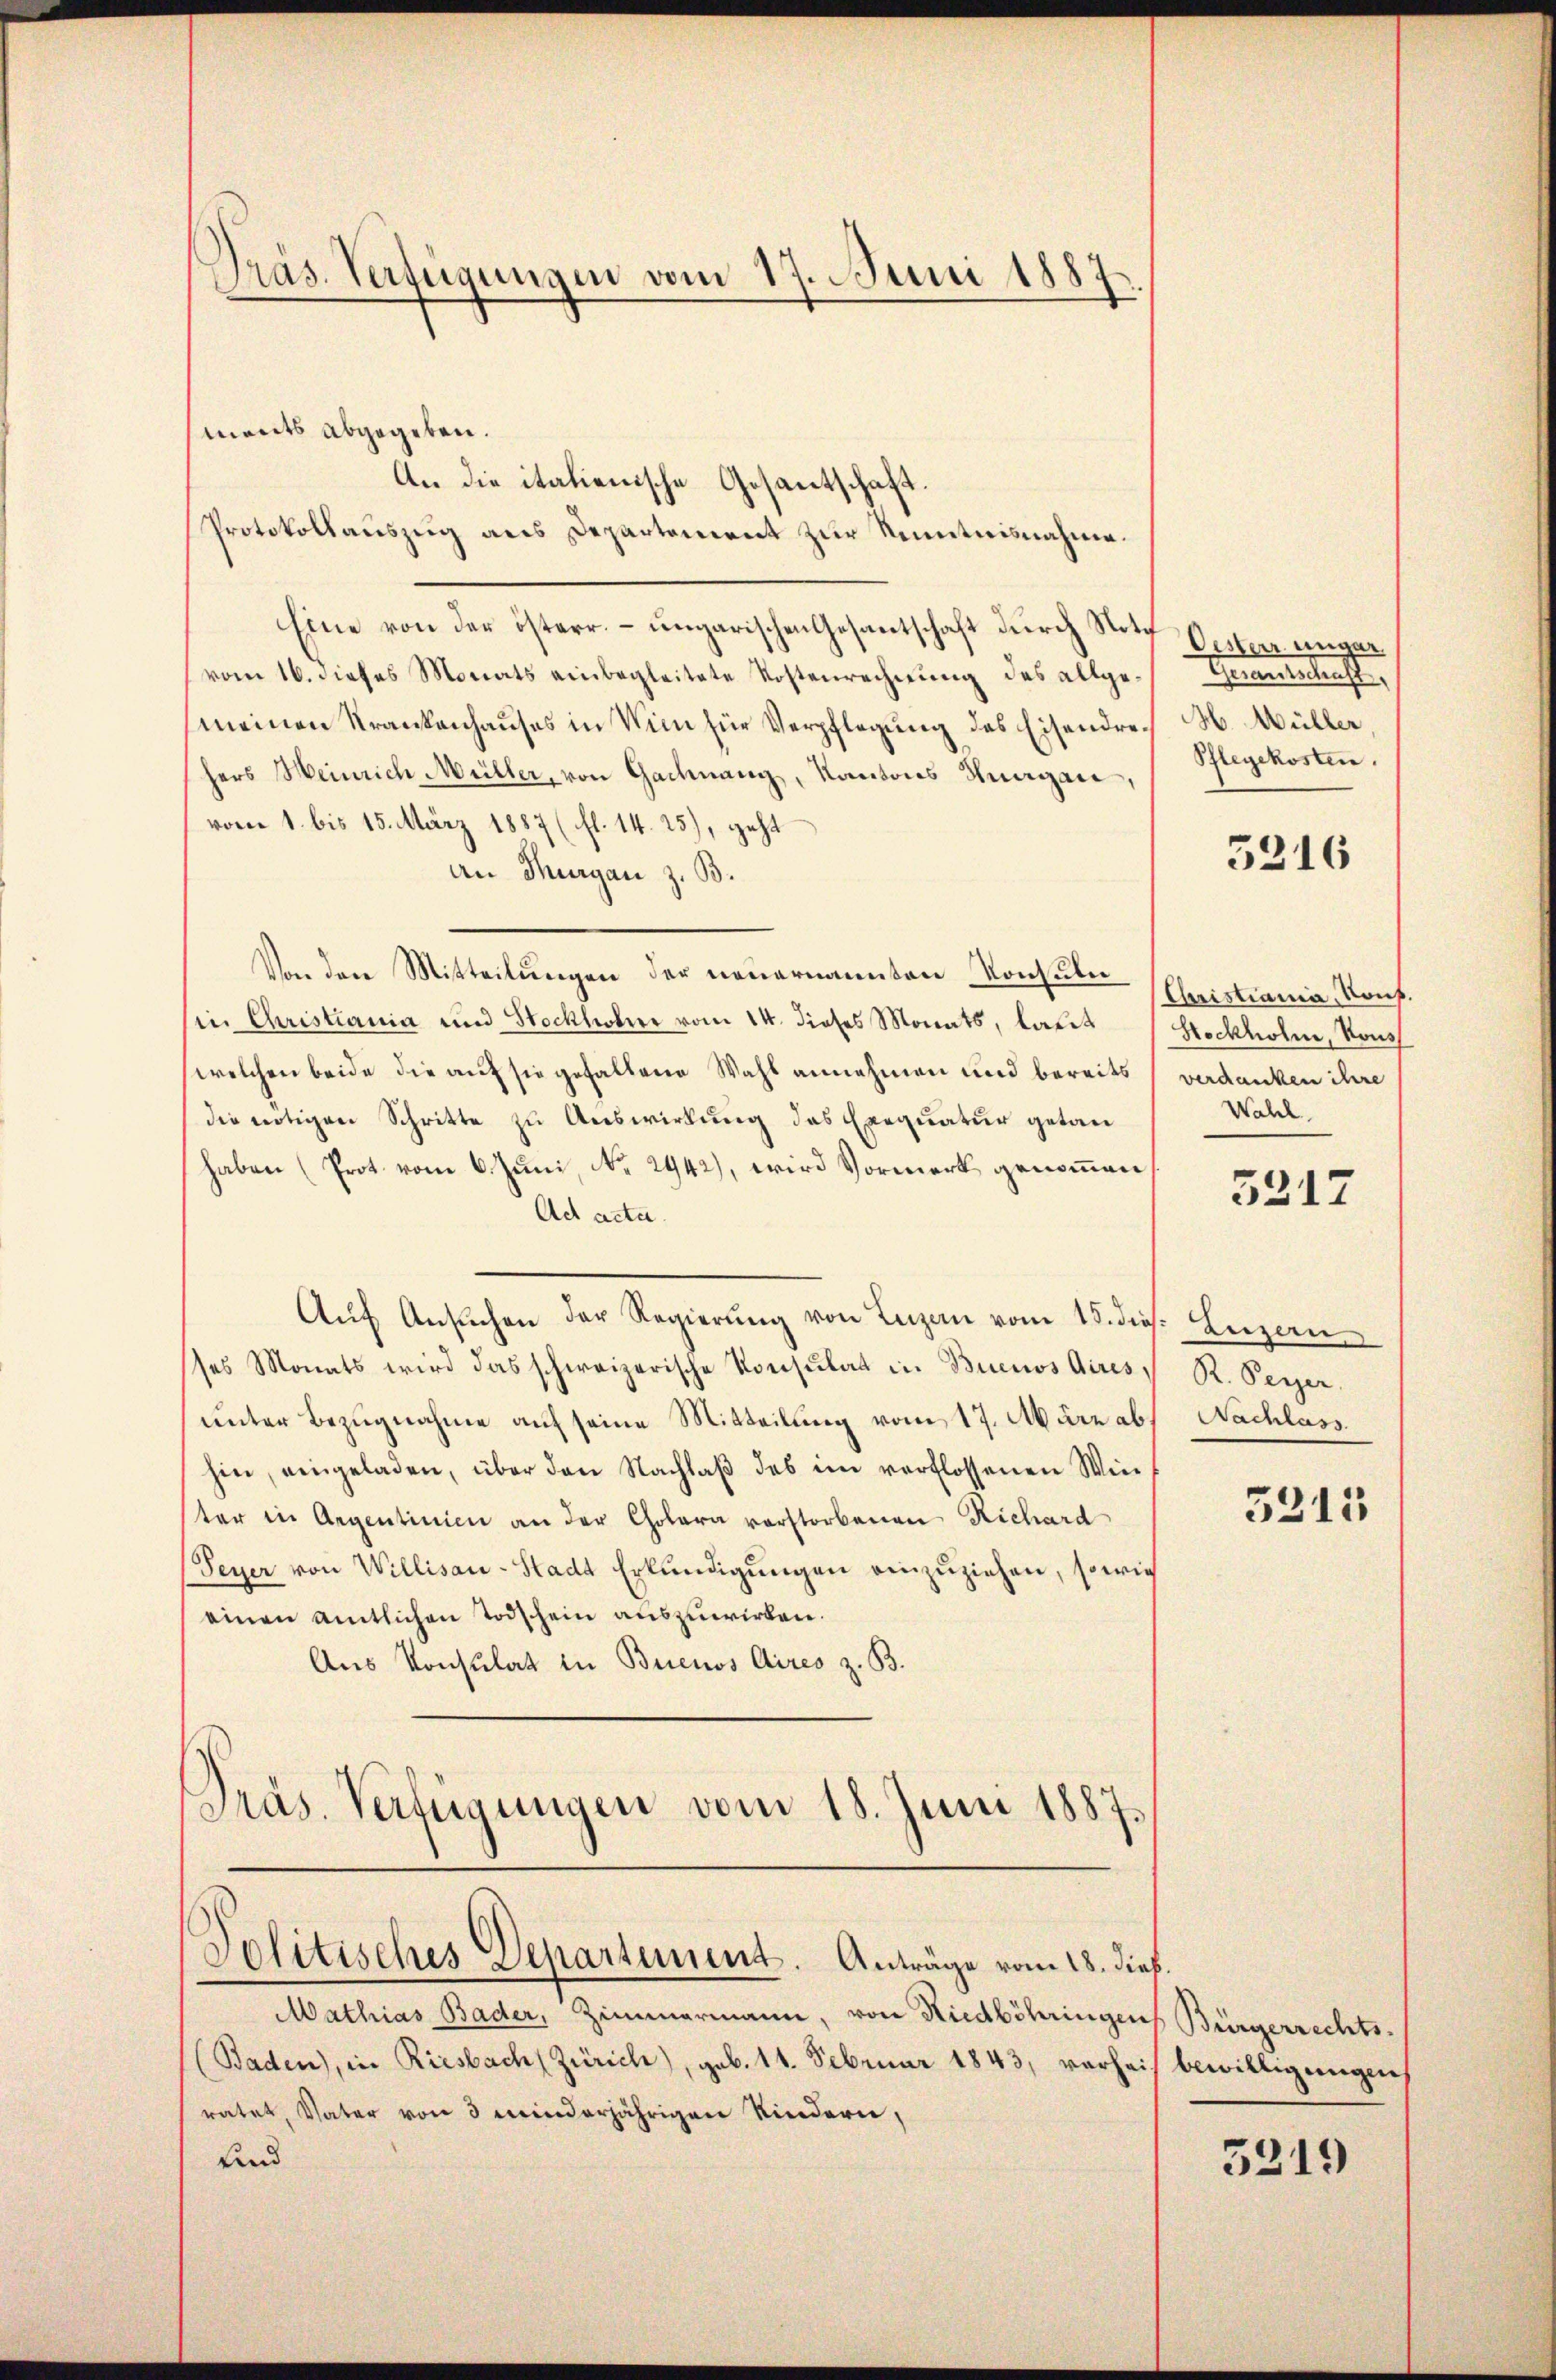
Präs. Verfügungen vom 17. Juni 1887

ments abgegeben.
An die italienische Gesantschaft.
Protokollauszug aus Departement zur Kenntnisnahme.
Eine von der österr. – ungarischen Gesantschaft durch Note
vom 16. dieses Monats einbegleitete Kostenrechnung des allgemeinen Krankenhauses in Wien für Verpflegung des Eisendrehers Meinrich Müller, von Gachnang, Kantons Hungau,
vom 1. bis 15. März 1887 (fl. 14. 25), geht
an Thurgau z. B.
Von der Mitteilungen der neuernannten Konsuln
in Christiania und Stockhobner vom 14. dieses Monats, laut Stockholm, Kons
(welchen beide die auf sie gefallene Wahl annehmen und bereits verdanken ihre
die nötigen Schritte zu Auswirkung das Exequatur getan
haben (Prot vom 6. Juni, No 2942), wird Vormerk genommen
Ad acta.
Aŭf Ansŭchen der Regierŭng von Luzen vom 18. dies. Luzern
ses Monats wird das schweizerische Konsulat in Buenos Aires R. Peyer
unter Bezugnahme auf seine Mitteilung vom 17. März ab. Nachlass
hin, eingeladen, über den Nachlaβ des im verflossenen Wieter in Argentinien an der Cholera vorstorbenen Richard
Peyer von Willisau-Stadt Erkŭndigŭngen einzŭziehen, sowie
einen amtlichen Todschein auszuwirken.
Aus Konsulat in Buenos Aires z. B.
Präs. Verfügungen vom 18. Juni 1887.

Politisches Departement. Anträge vom 18. dieß.

Mathias Bader, Zimmermann, von Niedböhringen Bürgerrechts-
(Baden, in Riesbach (Zürich), geb. 14. Februar 1843, verheit bewilligungeis
ratet, Vater von 3 minderjährigen Kindern,
und

Oester unger
Gemeindenst
H. Müller
Pflegekosten.

3216

Christiania, Konf.
Wahl.

5317

5315

5219